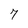
Character: 7